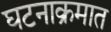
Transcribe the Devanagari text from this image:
घटनाक्रमात